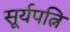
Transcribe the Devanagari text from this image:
सूर्यपत्नि